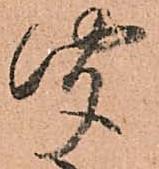
聞